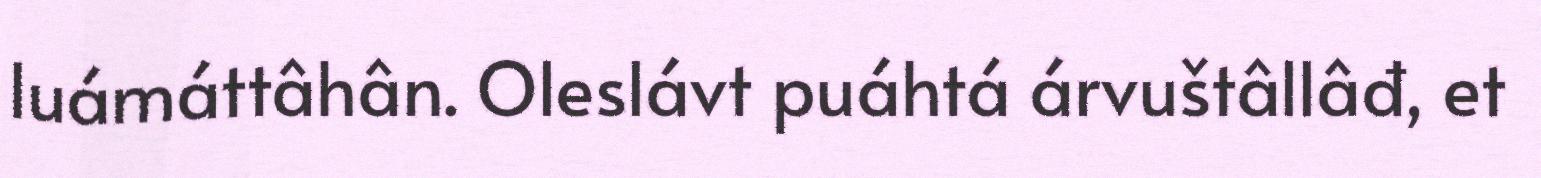
luámáttâhân. Oleslávt puáhtá árvuštâllâđ, et